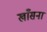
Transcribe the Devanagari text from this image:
खाँसना